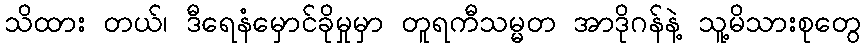
သိထား တယ်၊ ဒီရေနံမှောင်ခိုမှုမှာ တူရကီသမ္မတ အာဒိုဂန်နဲ့ သူ့မိသားစုတွေ